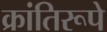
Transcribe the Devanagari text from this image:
क्रांतिरूपे